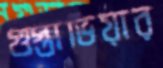
গুস্তাভিয়ার